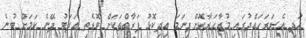
އަދި އެސަރަހައްދުގައި މުޒާހަރާކޮށްފިނަމަ އިދިކޮޅު ފަރާތްތަކަށް ބޮޑެތި އަދަބު ދޭނެ ކަމަށް ބުނެ